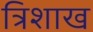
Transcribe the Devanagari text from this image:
त्रिशाख